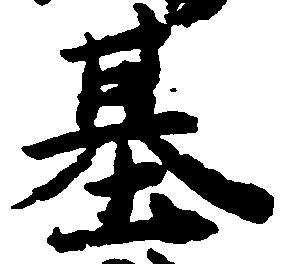
基